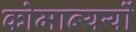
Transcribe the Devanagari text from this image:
कोमान्ययों